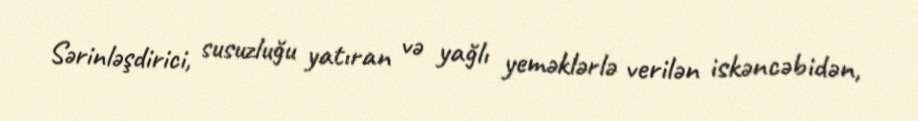
Sərinləşdirici, susuzluğu yatıran və yağlı yeməklərlə verilən iskəncəbidən,